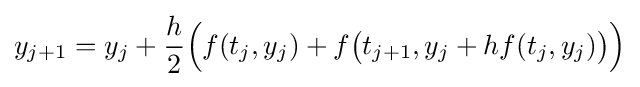
y_{j+1}=y_{j}+{\frac {h}{2}}{\Big (}f(t_{j},y_{j})+f{\big (}t_{j+1},y_{j}+hf(t_{j},y_{j}){\big )}{\Big )}